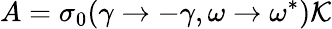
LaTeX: A=\sigma_{0}(\gamma\rightarrow-\gamma,\omega\rightarrow\omega^{*})\mathcal{K}